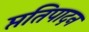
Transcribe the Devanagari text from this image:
प्ततिपादन